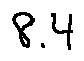
8 . 4